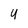
Character: 4